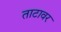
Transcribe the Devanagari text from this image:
ताटावर